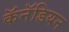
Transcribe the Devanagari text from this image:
कॅनॅडियन